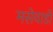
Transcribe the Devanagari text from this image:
मसेवाडी